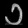
Digit: ၁